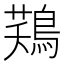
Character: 𪁾